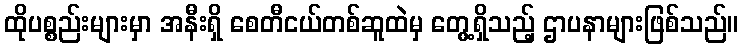
ထိုပစ္စည်းများမှာ အနီးရှိ စေတီငယ်တစ်ဆူထဲမှ တွေ့ရှိသည့် ဌာပနာများဖြစ်သည်။